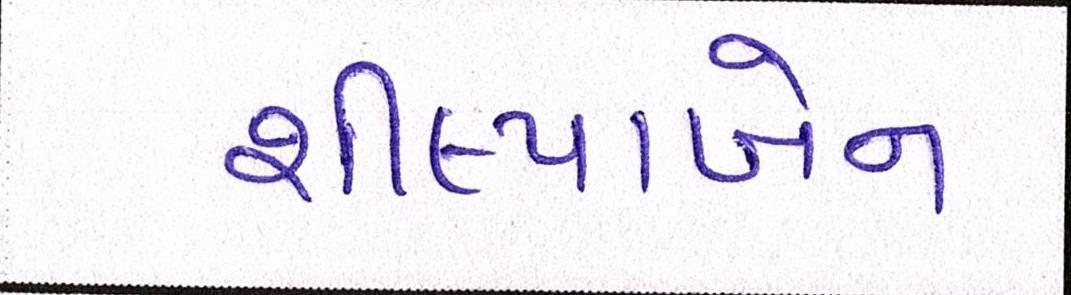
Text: શીલ્પાબેન